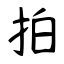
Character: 拍